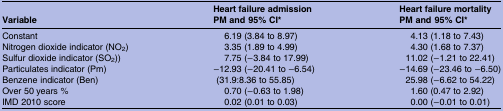
<table><thead><tr><td><b>Variable</b></td><td><b>Heart failure admissionPM and 95% CI*</b></td><td><b>Heart failure mortalityPM and 95% CI*</b></td></tr></thead><tbody><tr><td>Constant</td><td>6.19 (3.84 to 8.97)</td><td>4.13 (1.18 to 7.43)</td></tr><tr><td>Nitrogen dioxide indicator (NO<sub>2</sub>)</td><td>3.35 (1.89 to 4.99)</td><td>4.30 (1.68 to 7.37)</td></tr><tr><td>Sulfur dioxide indicator (SO<sub>2</sub>))</td><td>7.75 (−3.84 to 17.99)</td><td>11.02 (−1.21 to 22.41)</td></tr><tr><td>Particulates indicator (Pm)</td><td>−12.93 (−20.41 to −6.54)</td><td>−14.69 (−23.46 to −6.50)</td></tr><tr><td>Benzene indicator (Ben)</td><td>(31.9:8.36 to 55.85)</td><td>25.98 (−6.62 to 54.22)</td></tr><tr><td>Over 50 years %</td><td>0.70 (−0.63 to 1.98)</td><td>1.60 (0.47 to 2.92)</td></tr><tr><td>IMD 2010 score</td><td>0.02 (0.01 to 0.03)</td><td>0.00 (−0.01 to 0.01)</td></tr></tbody></table>